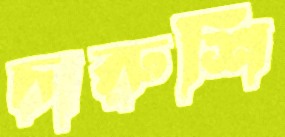
চারুশি